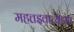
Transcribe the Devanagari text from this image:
महत्तइवाच्याआ